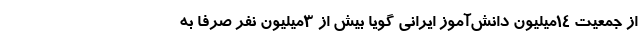
از جمعیت ۱۴میلیون دانش‌آموز ایرانی گویا بیش از ۳میلیون نفر صرفا به